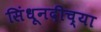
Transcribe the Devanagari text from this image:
सिंधूनदीच्या